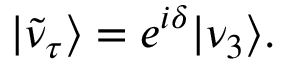
| \tilde { \nu } _ { \tau } \rangle = e ^ { i \delta } | \nu _ { 3 } \rangle .